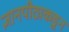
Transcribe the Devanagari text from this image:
ज्ञानपीठाकडून